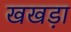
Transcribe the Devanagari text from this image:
खखड़ा